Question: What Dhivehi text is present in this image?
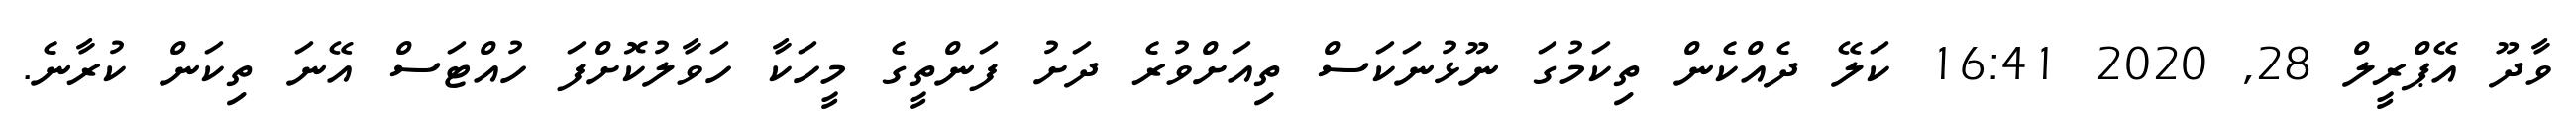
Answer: ވާދޫ އޭޕްރީލް 28, 2020 16:41 ކަލޭ ދެއްކެން ތިކަމުގަ ނޫޅުނަކަސް ތިއަށްވުރެ ދަށު ފަންތީގެ މީހަކާ ހަވާލުކޮށްފަ ހުއްޓަސް އޭނަ ތިކަން ކުރާނެ.